Report of the Municipal Commissioner on the plague in Bombay for the year ending 31st May... - Volume 2
Disease focus: Plague
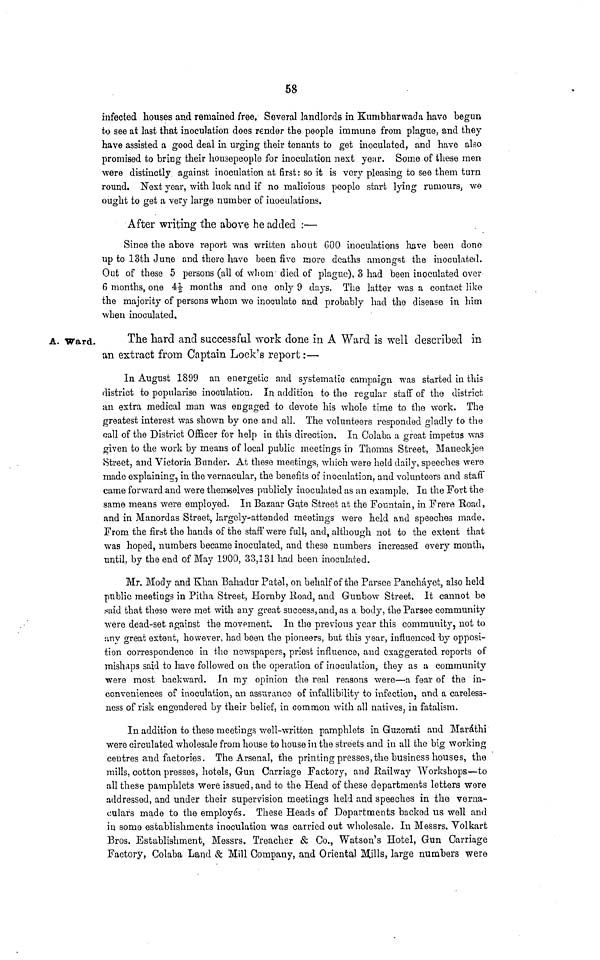
58
infected houses and remained free, Several landlords in Kumbharwada havo begun
to see at last that inoculation does render the people immune from plague, and they
have assisted a good deal in urging their tenants to get inoculated, and have also
promised to bring their housepeople for inoculation next year. Some of these men
were distinctly against inoculation at first: so it is very pleasing to see them turn
round. Next year, with luck and if no malicious people start lying rumours, we
ought to get a very large number of inoculations.
After writing the above he added :—
Since the above report was written about 000 inoculations have been done
up to 13th June and there have been five more deaths amongst the inoculated.
Out of these 5 persons (all of whom' died of plague), 3 had been inoculated over
6 months, one 4½ months and one only 9 days. The latter was a contact like
the majority of persons whom we inoculate and probably had the disease in him
when inoculated.
A. Ward.
The hard and successful work done in A Ward is well described in
an extract from Captain Lock's report:—
In August 1899 an energetic and systematic campaign was started in this
district to popularise inoculation. In addition to· the regular staff of the district
an extra medical man was engaged to devote his whole time to the work. The
greatest interest was shown by one and all. The volunteers responded gladly to the
call of the District Officer for help in this direction. In Colaba a great impetus was
given to the work by means of local public meetings in Thomas Street, Maneckjee
Street, and Victoria Bunder. At these meetings, which were held daily, speeches were
made explaining, in the vernacular, the benefits of inoculation, and volunteers and staff
came forward and were themselves publicly inoculated as an example. In the Fort the
same means were employed. In Bazaar Gate Street at the Fountain, in Frere Road,
and in Manordas Street, largely-attended meetings were held and speeches made.
From the first the hands of the staff were full, and, although not to the extent that
was hoped, numbers became inoculated, and these numbers increased every month,
until, by the end of May 1900, 33,131 had been inoculated.
Mr. Mody and Khan Bahadur Patel, on behalf of the Farsee Pancháyet, also held
public meetings in Pitha Street, Hornby Road, aud Gunbow Street. It cannot be
said that these were met with any great success, and, as a body, the Parsee community
were dead-set against the movement. In the previous year this community, not to
any great extent, however, had been the pioneers, but this year, influenced by opposi-
tion correspondence in the newspapers, priest influence, aud exaggerated reports of
mishaps said to have followed on the operation of inoculation, they as a community
•were most backward. In my opinion the real reasons were—a fear of the in-
conveniences of inoculation, an assurance of infallibility to infection, aud a careless-
ness of risk engendered by their belief, in common with all natives, in fatalism.
In addition to these meetings well-written pamphlets in Guzerati aud Maráthi
were circulated wholesale from house to house in the streets and in all tho big working
centres and factories. The Arsenal, the printing presses, the business houses, the
mills, cotton presses, hotels, Gun Carriage Factory, and Railway Workshops—to
all these pamphlets were issued, and to the Head of these departments letters were
addressed, and under their supervision meetings held aud speeches in the verna-
culars made to the employes. These Heads of Departments backed us well and
iu some establishments inoculation, was carried out wholesale. In Messrs. Volkart
Bros. Establishment, Messrs. Treacher & Co., Watson's Hotel, Gun Carriage
Factory, Colaba Land & Mill Company, and Oriental Mills, large numbers were